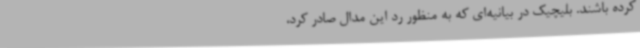
کرده باشند. بلیچیک در بیانیه‌ای که به منظور رد این مدال صادر کرد،